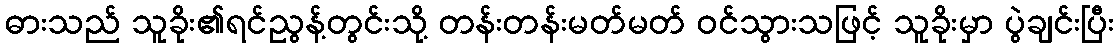
ဓားသည် သူခိုး၏ရင်ညွန့်တွင်းသို့ တန်းတန်းမတ်မတ် ဝင်သွားသဖြင့် သူခိုးမှာ ပွဲချင်းပြီး